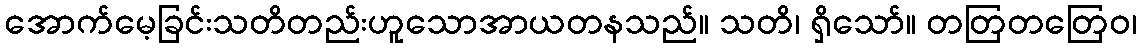
အောက်မေ့ခြင်းသတိတည်းဟူသောအာယတနသည်။ သတိ၊ ရှိသော်။ တတြတတြေဝ၊